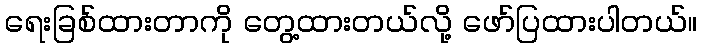
ရေးခြစ်ထားတာကို တွေ့ထားတယ်လို့ ဖော်ပြထားပါတယ်။